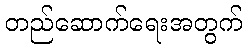
တည်ဆောက်ရေးအတွက်